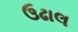
ઉઢાલ